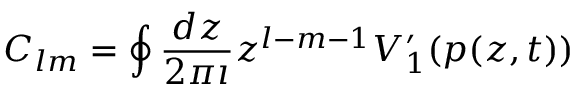
C _ { l m } = \oint \frac { d z } { 2 \pi \imath } z ^ { l - m - 1 } V _ { 1 } ^ { \prime } ( p ( z , t ) )